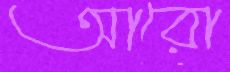
আরো